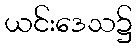
ယင်းဒေသ၌